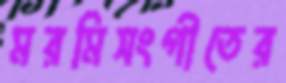
মরমিসংগীতের